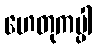
ဟေတုကပ္ပါ